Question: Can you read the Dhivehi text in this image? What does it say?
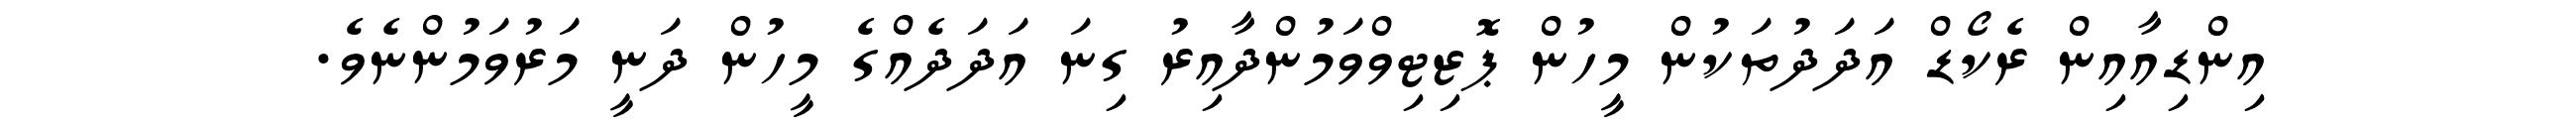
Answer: އިންޑިއާއިން ރެކޯޑް އަދަދުތަކުން މީހުން ޕޮޒިޓިވްވަމުންދާއިރު ގިނަ އަދަދެއްގެ މީހުން ދަނީ މަރުވަމުންނެވެ.